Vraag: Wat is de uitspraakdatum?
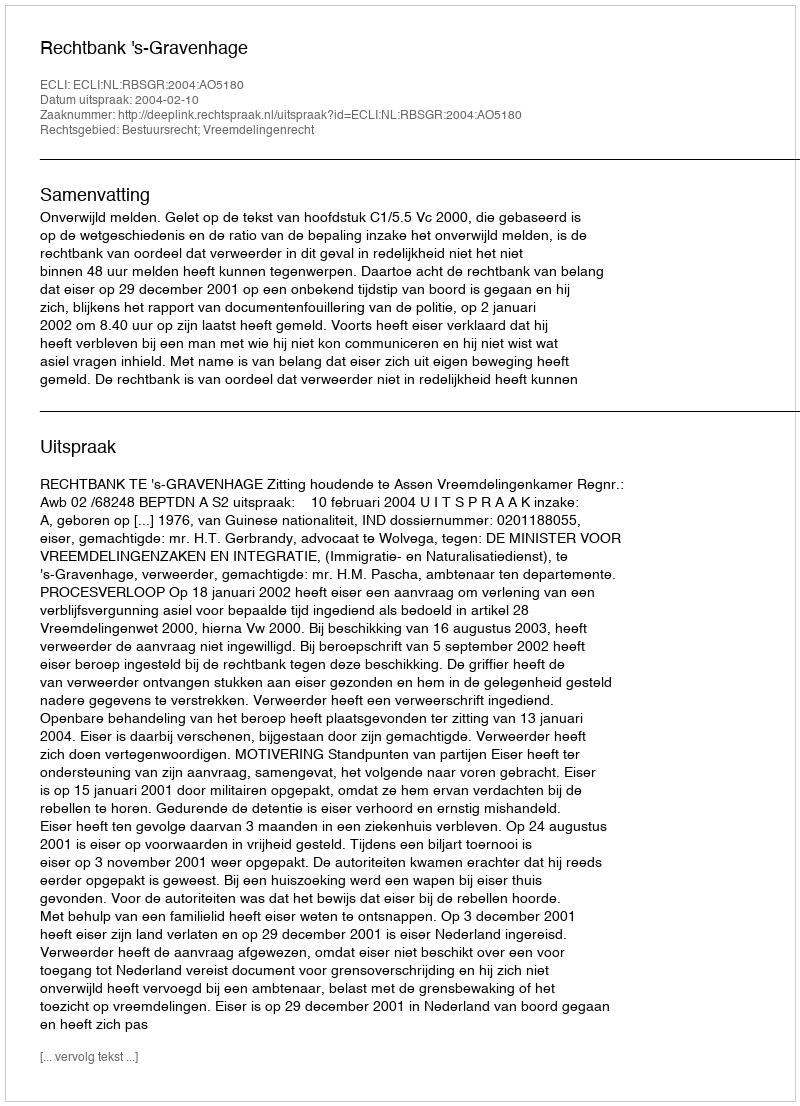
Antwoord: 2004-02-10